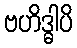
ဗဟိဒ္ဓါပိ